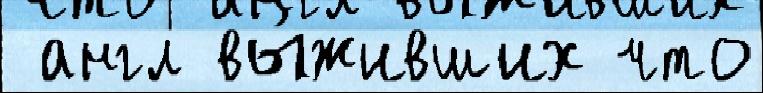
 англ вы́живших что